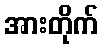
အားတိုက်